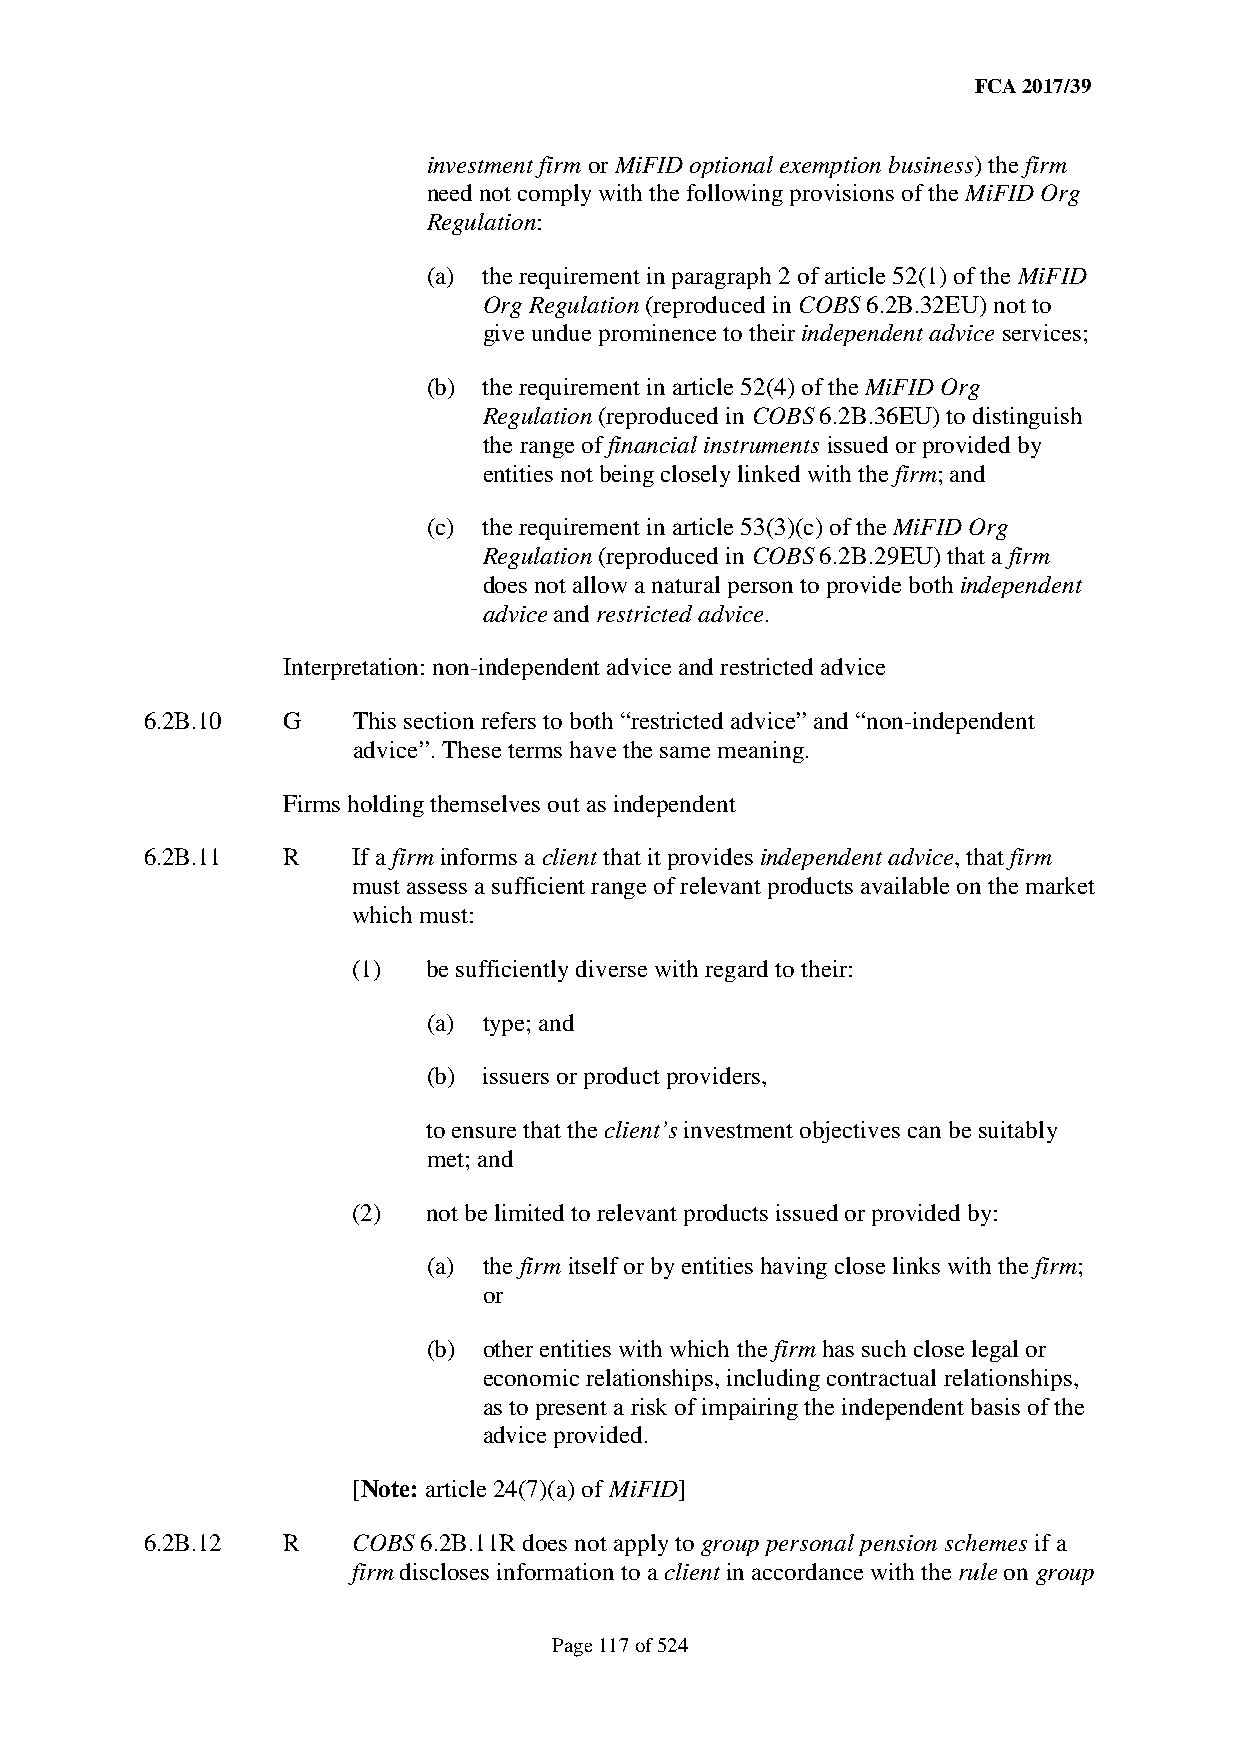
FCA 2017/39
 investment firm or MiFID optional exemption business) the firm
 need not comply with the following provisions of the MiFID Org
 Regulation:
 (a) the requirement in paragraph 2 of article 52(1) of the MiFID
 Org Regulation (reproduced in COBS 6.2B.32EU) not to
 give undue prominence to their independent advice services;
 (b) the requirement in article 52(4) of the MiFID Org
 Regulation (reproduced in COBS 6.2B.36EU) to distinguish
 the range of financial instruments issued or provided by
 entities not being closely linked with the firm; and
 (c) the requirement in article 53(3)(c) of the MiFID Org
 Regulation (reproduced in COBS 6.2B.29EU) that a firm
 does not allow a natural person to provide both independent
 advice and restricted advice.
 Interpretation: non-independent advice and restricted advice
 6.2B.10  G   This section refers to both “restricted advice” and “non-independent
 advice”. These terms have the same meaning.
 Firms holding themselves out as independent
 6.2B.11  R   If a firm informs a client that it provides independent advice, that firm
 must assess a sufficient range of relevant products available on the market
 which must:
 (1)  be sufficiently diverse with regard to their:
 (a) type; and
 (b) issuers or product providers,
 to ensure that the client’s investment objectives can be suitably
 met; and
 (2)  not be limited to relevant products issued or provided by:
 (a) the firm itself or by entities having close links with the firm;
 or
 (b) other entities with which the firm has such close legal or
 economic relationships, including contractual relationships,
 as to present a risk of impairing the independent basis of the
 advice provided.
 [Note: article 24(7)(a) of MiFID]
 6.2B.12  R   COBS 6.2B.11R does not apply to group personal pension schemes if a
 firm discloses information to a client in accordance with the rule on group
 Page 117 of 524